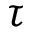
\tau